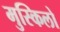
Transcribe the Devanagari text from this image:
मुस्किलो